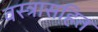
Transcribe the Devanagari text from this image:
वस्त्रासहित